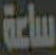
ساعة